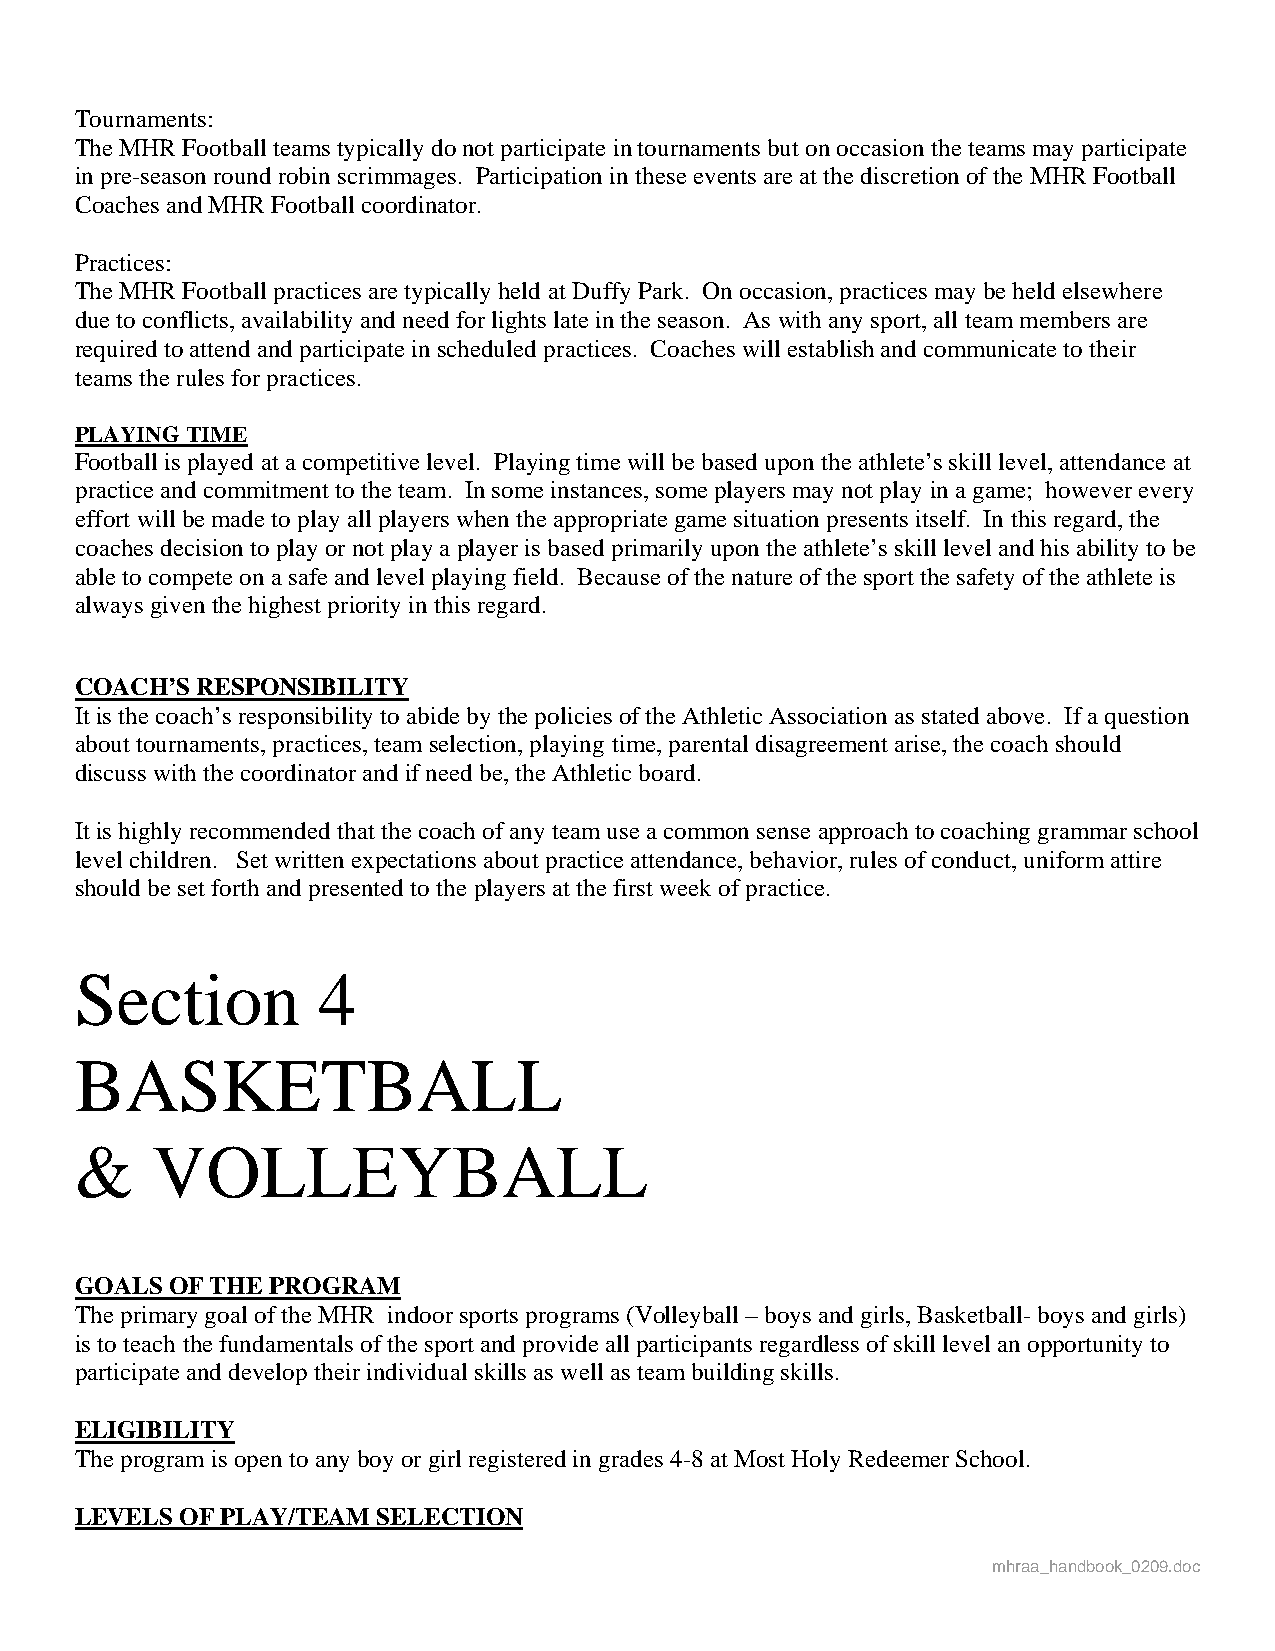
Tournaments:
 The MHR Football teams typically do not participate in tournaments but on occasion the teams may participate
 in pre-season round robin scrimmages. Participation in these events are at the discretion of the MHR Football
 Coaches and MHR Football coordinator.
 Practices:
 The MHR Football practices are typically held at Duffy Park. On occasion, practices may be held elsewhere
 due to conflicts, availability and need for lights late in the season. As with any sport, all team members are
 required to attend and participate in scheduled practices. Coaches will establish and communicate to their
 teams the rules for practices.
 PLAYING TIME
 Football is played at a competitive level. Playing time will be based upon the athlete’s skill level, attendance at
 practice and commitment to the team. In some instances, some players may not play in a game; however every
 effort will be made to play all players when the appropriate game situation presents itself. In this regard, the
 coaches decision to play or not play a player is based primarily upon the athlete’s skill level and his ability to be
 able to compete on a safe and level playing field. Because of the nature of the sport the safety of the athlete is
 always given the highest priority in this regard.
 COACH’S RESPONSIBILITY
 It is the coach’s responsibility to abide by the policies of the Athletic Association as stated above. If a question
 about tournaments, practices, team selection, playing time, parental disagreement arise, the coach should
 discuss with the coordinator and if need be, the Athletic board.
 It is highly recommended that the coach of any team use a common sense approach to coaching grammar school
 level children. Set written expectations about practice attendance, behavior, rules of conduct, uniform attire
 should be set forth and presented to the players at the first week of practice.
 Section         4
 BASKETBALL
 &    VOLLEYBALL
 GOALS OF THE PROGRAM
 The primary goal of the MHR indoor sports programs (Volleyball – boys and girls, Basketball- boys and girls)
 is to teach the fundamentals of the sport and provide all participants regardless of skill level an opportunity to
 participate and develop their individual skills as well as team building skills.
 ELIGIBILITY
 The program is open to any boy or girl registered in grades 4-8 at Most Holy Redeemer School.
 LEVELS OF PLAY/TEAM SELECTION
 mhraa_handbook_0209.doc